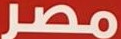
مصر